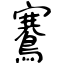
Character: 鶱